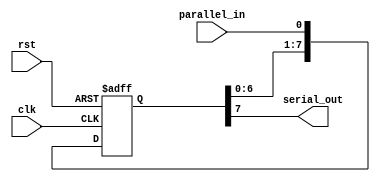
module PISO_shift_register(
  input clk,         // Clock input
  input rst,         // Reset input
  input parallel_in, // Parallel input
  output serial_out  // Serial output
);

  reg [7:0] register; // 8-bit shift register
  
  always @(posedge clk or posedge rst) begin
    if (rst) begin
      register <= 8'b0; // Reset the register
    end else begin
      register <= {register[6:0], parallel_in}; // Shift in parallel data
    end
  end
  
  assign serial_out = register[7]; // Output the serial data

endmodule